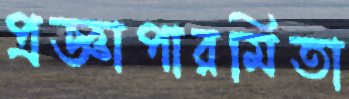
প্রজ্ঞাপারমিতা